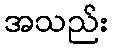
အသည်း